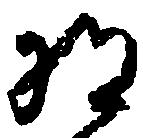
将